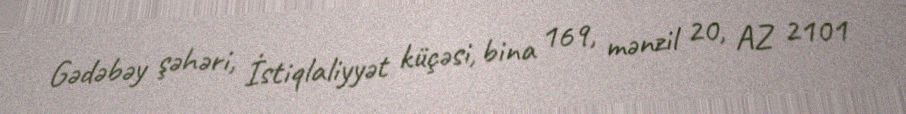
Gədəbəy şəhəri, İstiqlaliyyət küçəsi, bina 169, mənzil 20, AZ 2101